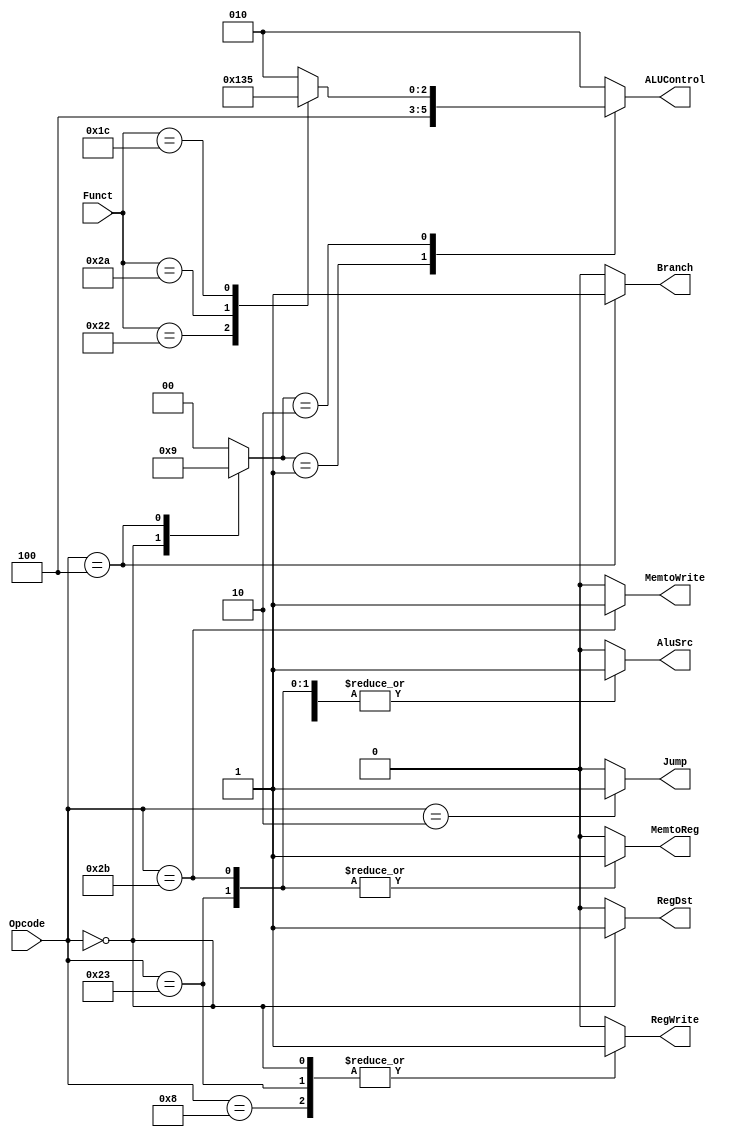
module Control_Unit (
input	wire	[5:0]	Opcode , 
input	wire	[5:0]	Funct  ,
output	reg     [2:0]	ALUControl ,
output	reg     MemtoReg,
output	reg     MemtoWrite,
output	reg     Branch,
output	reg     AluSrc,
output	reg     RegDst,
output	reg     RegWrite,
output	reg     Jump				);

reg [1:0]	ALUOP;

always @ (*)
	begin
		case (Opcode) 
		    //load word
            6'b10_0011 :begin
							Jump=0;
							MemtoWrite=0;
							RegWrite=1'b1;
							RegDst=0;
							AluSrc=1'b1;
							MemtoReg=1'b1;
							Branch=0;
							ALUOP=2'b00;
			            end
			//store word
			6'b10_1011 :begin
							Jump=0;
							MemtoWrite=1'b1;
							RegWrite=0;
							RegDst=0;
							AluSrc=1'b1;
							MemtoReg=1'b1;
							Branch=0;
							ALUOP=2'b00;
			            end
			//R-Type Instruction
			6'b00_0000 :begin
							Jump=0;
							MemtoWrite=0;
							RegWrite=1'b1;
							RegDst=1'b1;
							AluSrc=0;
							MemtoReg=0;
							Branch=0;
							ALUOP=2'b10;
			            end
			//Add Immediate
			6'b00_1000 :begin
							Jump=0;
							MemtoWrite=0;
							RegWrite=1'b1;
							RegDst=0;
							AluSrc=1'b1;
							MemtoReg=0;
							Branch=0;
							ALUOP=2'b00;
			            end
			//Branch If_Equal 
			6'b00_0100 :begin
							Jump=0;
							MemtoWrite=0;
							RegWrite=0;
							RegDst=0;
							AluSrc=0;
							MemtoReg=0;
							Branch=1'b1;
							ALUOP=2'b01;
						end

			//Jump Instruction
			6'b00_0010 :begin
							Jump=1'b1;
							MemtoWrite=0;
							RegWrite=0;
							RegDst=0;
							AluSrc=0;
							MemtoReg=0;
							Branch=0;
							ALUOP=2'b00;
			            end 
            //Flushing.
            default :	begin
							Jump=0;
							MemtoWrite=0;
							RegWrite=0;
							RegDst=0;
							AluSrc=0;
							MemtoReg=0;
							Branch=0;
							ALUOP=2'b00;
						end
        endcase
	end
always @ (*)
	begin
		case (ALUOP)
			2'b00 	: ALUControl = 3'b010;
			2'b01 	: ALUControl = 3'b100;
			2'b10 	:	begin
							case (Funct)
								//add
								6'b10_0000	:	ALUControl = 3'b010 ;
								//sub
								6'b10_0010	:	ALUControl = 3'b100 ;
								//slt
								6'b10_1010	:	ALUControl = 3'b110 ;
								//mul
								6'b01_1100	:	ALUControl = 3'b101 ;
								//default
								default : ALUControl = 3'b010;
							endcase
						end
			default : ALUControl = 3'b010;
		endcase
	end
endmodule